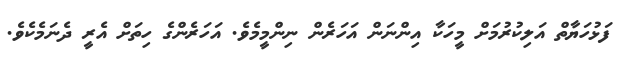
ފަޅުހަޔާތް އަލިކުރުމަށް މީހަކާ އިންނަން އަހަރެން ނިންމީމެވެ. އަހަރެންގެ ހިތަށް އެރީ ދެނަމެކެވެ.